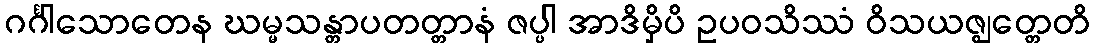
ဂင်္ဂါသောတေန ဃမ္မသန္တာပတတ္တာနံ ဇပ္ပါ အာဒိမှိပိ ဥပဝသိဿံ ဝိသယဇ္ဈတ္တေတိ